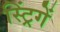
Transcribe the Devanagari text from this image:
स्ट्रिंगें